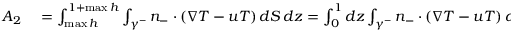
\begin{array} { r l } { A _ { 2 } } & { { } = \int _ { \operatorname* { m a x } h } ^ { 1 + \operatorname* { m a x } h } \int _ { \gamma ^ { - } } n _ { - } \cdot ( \nabla T - u T ) \, d S \, d z = \int _ { 0 } ^ { 1 } d z \int _ { \gamma ^ { - } } n _ { - } \cdot ( \nabla T - u T ) \, d S } \end{array}